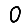
Digit: 0